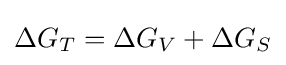
\Delta G_{T}=\Delta G_{V}+\Delta G_{S}